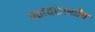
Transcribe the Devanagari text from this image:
न्यायशाष्त्रीय